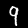
Label: 9